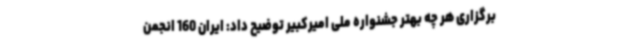
برگزاری هر چه بهتر جشنواره ملی امیرکبیر توضیح داد: ایران 160 انجمن